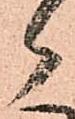
御